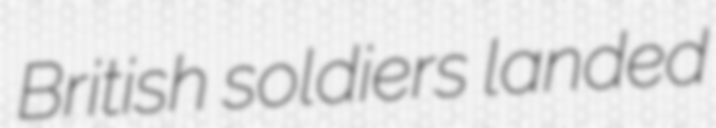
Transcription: British soldiers landed